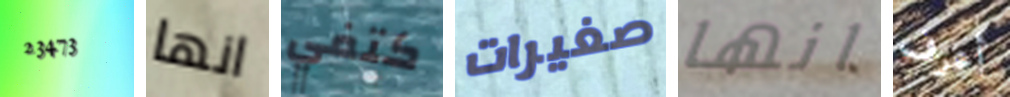
23473 انها كتفي صغيرات انها أعرف